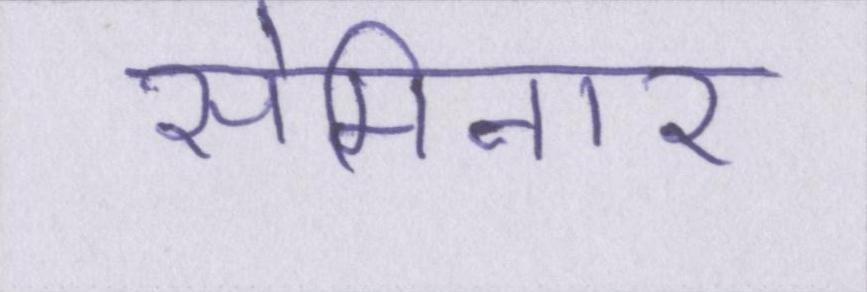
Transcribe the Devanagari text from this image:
सेमिनार